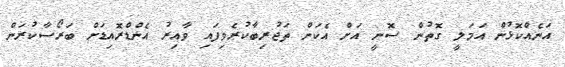
އަނެއްކޮޅުން އަމަލީ ގޮތުން ސޮނީ އަށް އެކަން ތަޖުރިބާކުރެވިފައި ވާއިރު އެންޑްރޮއިޑަށް ބަރޯސާކުރަން